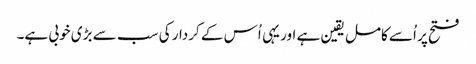
فتح پر اُسے کامل یقین ہے اور یہی اُس کے کردار کی سب سے بڑی خوبی ہے۔